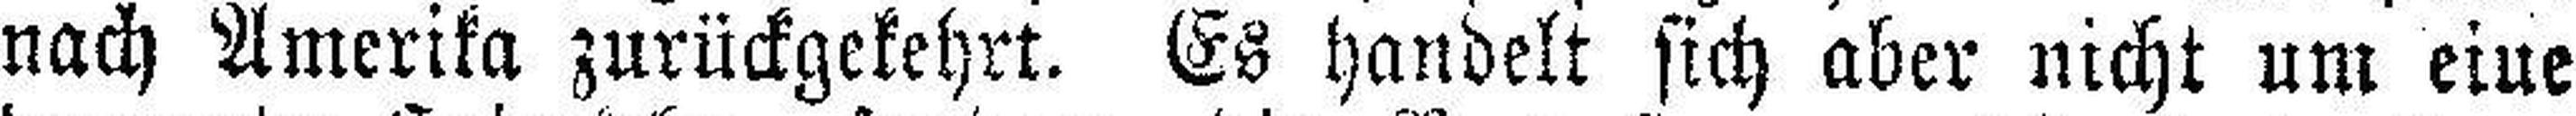
nach Amerika zurückgekehrt. Es handelt sich aber nicht um eine